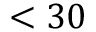
< 3 0